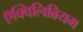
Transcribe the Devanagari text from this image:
ऍक्विलिब्रियम